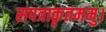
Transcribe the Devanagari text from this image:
सपत्राकृतममु।